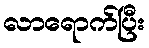
လာရောက်ပြီး